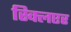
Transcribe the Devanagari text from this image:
स्क्लिएर